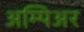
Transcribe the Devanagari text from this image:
अम्पिअर